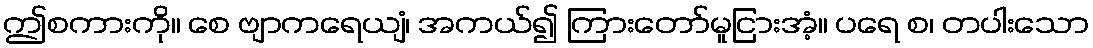
ဤစကားကို။ စေ ဗျာကရေယျံ၊ အကယ်၍ ကြားတော်မူငြားအံ့။ ပရေ စ၊ တပါးသော